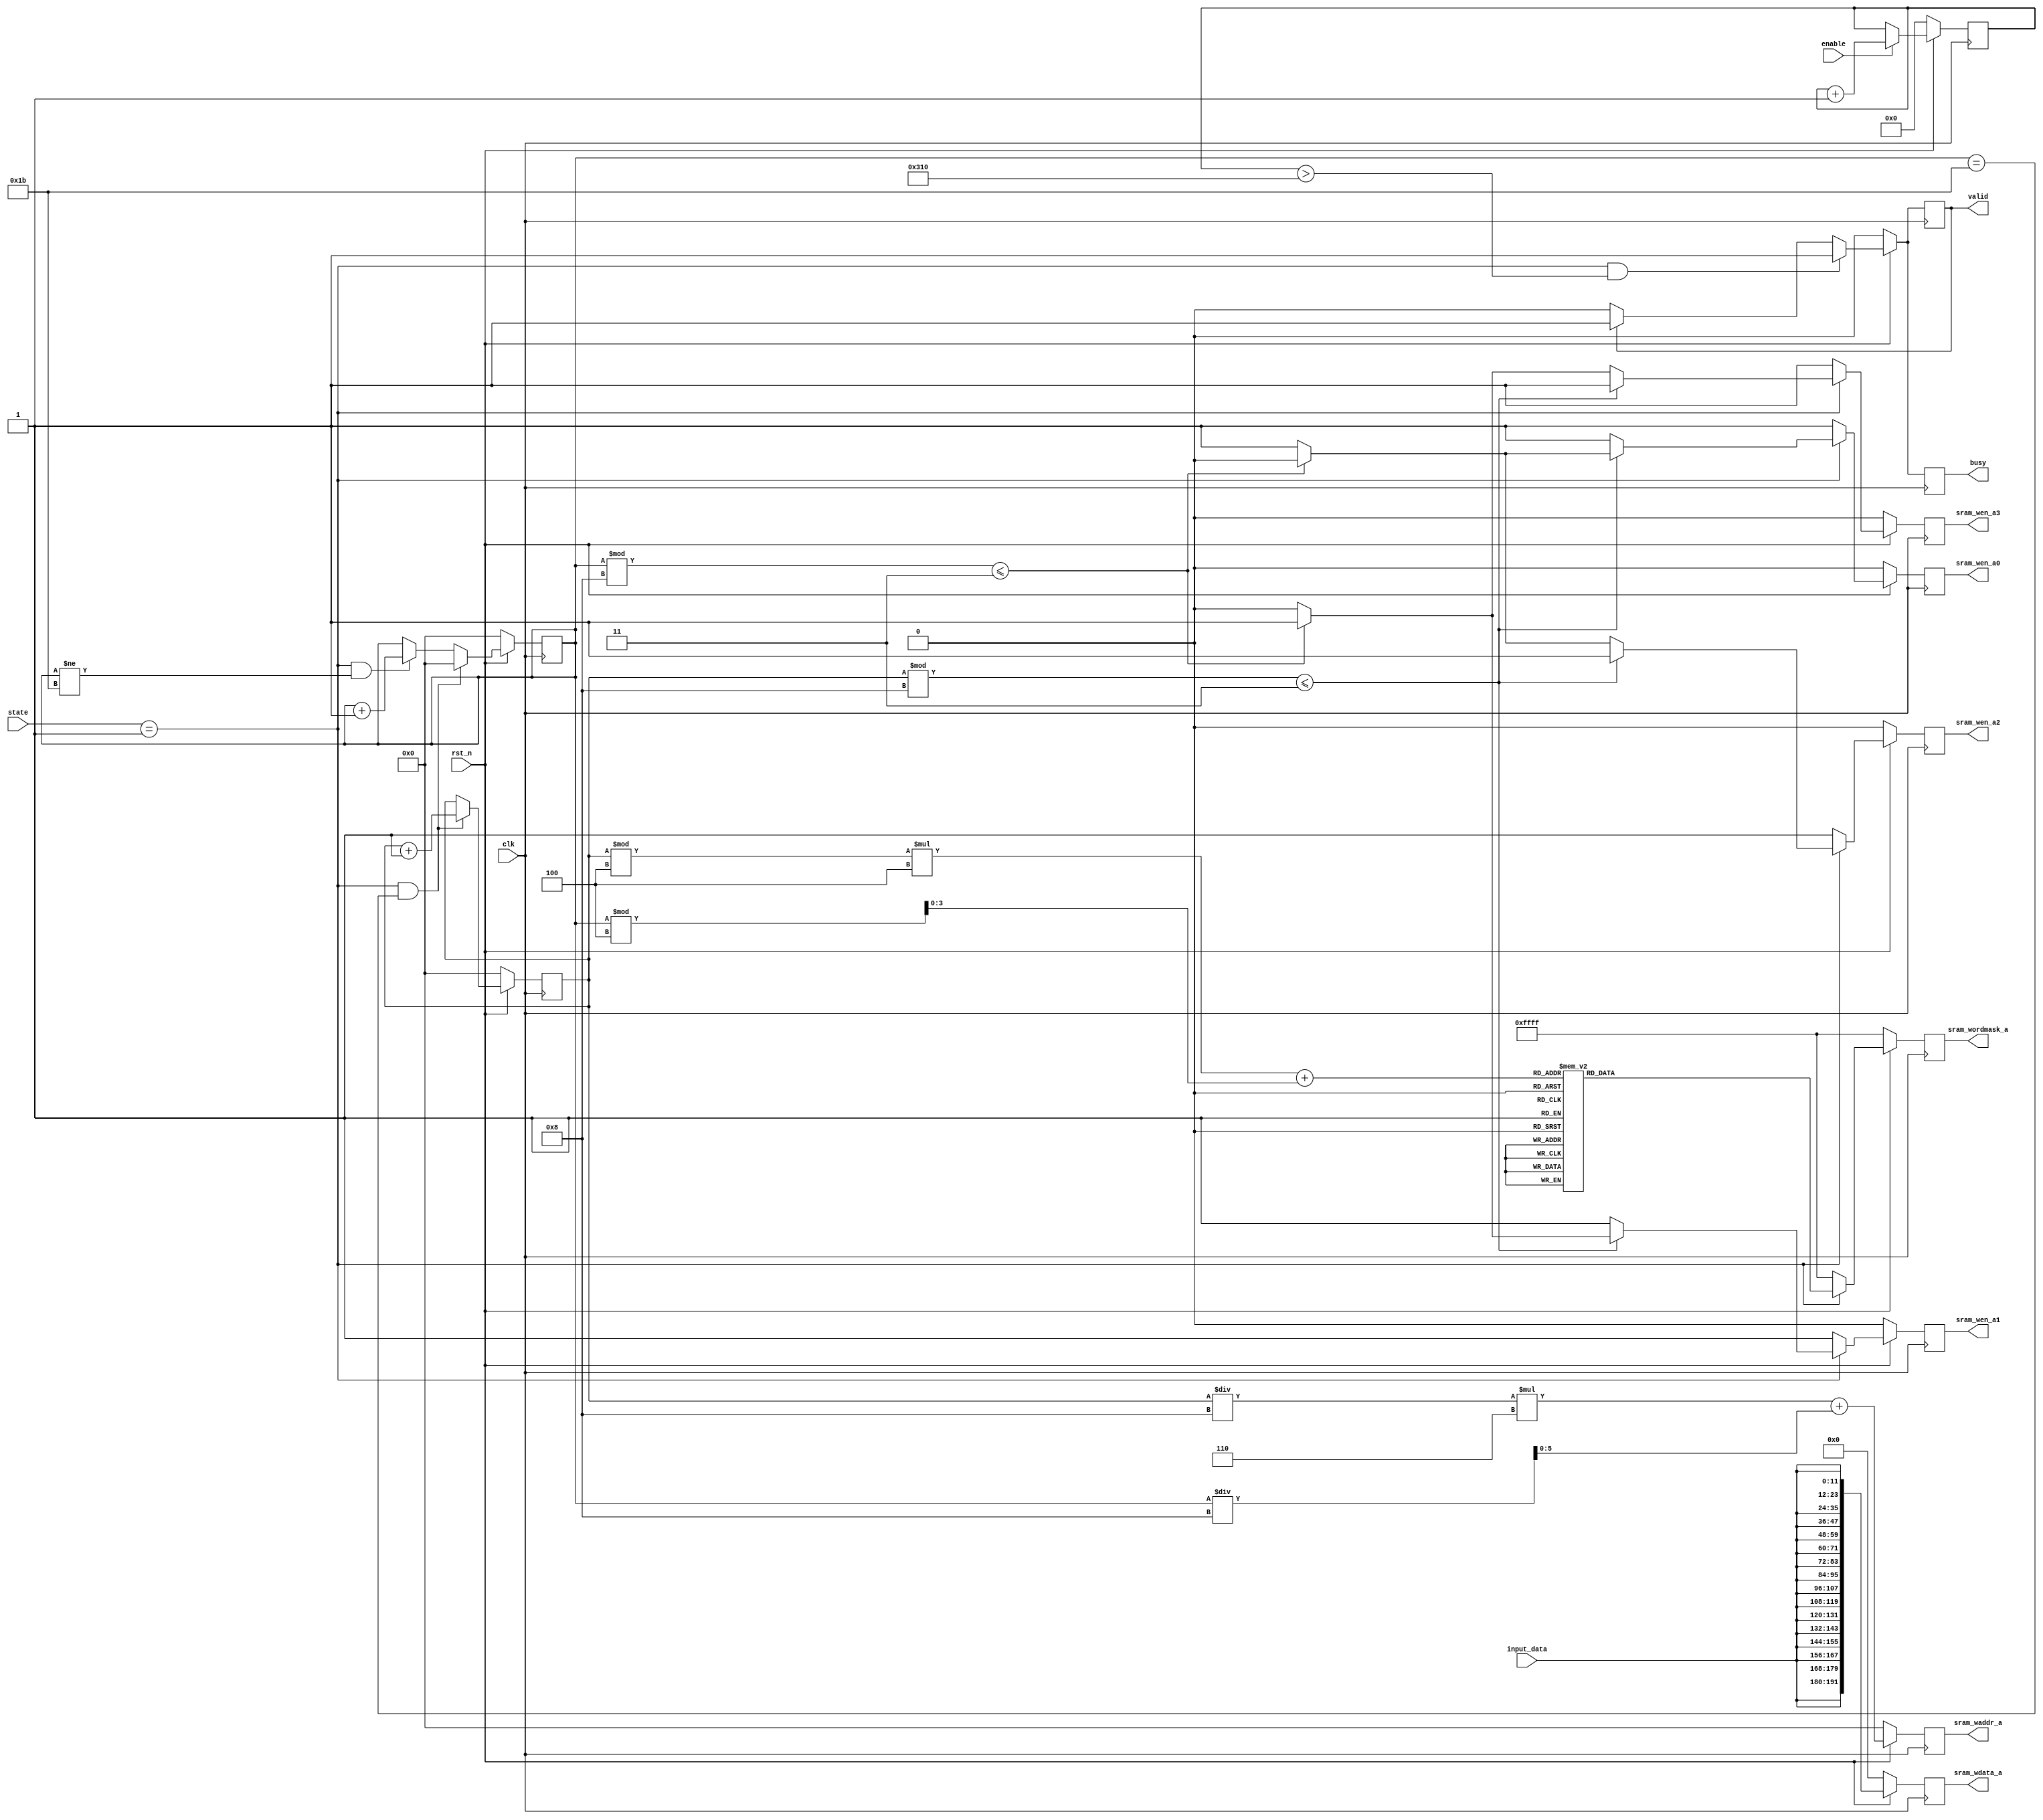
module Unshuffle_module #(
parameter CH_NUM = 4,
parameter ACT_PER_ADDR = 4,
parameter BW_PER_ACT = 12
)
(
input clk,                          
input rst_n,  // synchronous reset (active low)
input enable, // start sending image from testbench
output reg busy,  // control signal for stopping loading input image
output reg valid, // output valid for testbench to check answers in corresponding SRAM groups
input [BW_PER_ACT-1:0] input_data, // input image data (12 bit, for example)
// read data from SRAM group A
// input [CH_NUM*ACT_PER_ADDR*BW_PER_ACT-1:0] sram_rdata_a0,
// input [CH_NUM*ACT_PER_ADDR*BW_PER_ACT-1:0] sram_rdata_a1,
// input [CH_NUM*ACT_PER_ADDR*BW_PER_ACT-1:0] sram_rdata_a2,
// input [CH_NUM*ACT_PER_ADDR*BW_PER_ACT-1:0] sram_rdata_a3,
// // read address from SRAM group A
// output [5:0] sram_raddr_a0,
// output [5:0] sram_raddr_a1,
// output [5:0] sram_raddr_a2,
// output [5:0] sram_raddr_a3,
// write enable for SRAM group A 

input [4-1:0] state,

output reg sram_wen_a0,
output reg sram_wen_a1,
output reg sram_wen_a2,
output reg sram_wen_a3,
// wordmask for SRAM group A 
output reg [CH_NUM*ACT_PER_ADDR-1:0] sram_wordmask_a,           // 4 * 4 = 16 bit
// write addrress to SRAM group A 
output reg [5:0] sram_waddr_a,
// write data to SRAM group A 
output reg [CH_NUM*ACT_PER_ADDR*BW_PER_ACT-1:0] sram_wdata_a    // (4 * 4) * 12 = 192 bit
);


parameter IDLE = 4'd0, UNSHUFFLE = 4'd1, CONV1 = 4'd2, FINISH = 4'd3;


reg busy_next, valid_next;
reg sram_wen_a0_next, sram_wen_a1_next, sram_wen_a2_next, sram_wen_a3_next;
reg [CH_NUM*ACT_PER_ADDR-1:0] sram_wordmask_a_next;
reg [5:0] sram_waddr_a_next;
reg [CH_NUM*ACT_PER_ADDR*BW_PER_ACT-1:0] sram_wdata_a_next;


integer i;
reg [10-1:0] read_cnt, read_cnt_next;
reg [6-1:0] row, row_next, col, col_next;
reg [4-1:0] position;



always @* begin
    if (enable) begin
        read_cnt_next = read_cnt + 1;
    end
    else begin
        read_cnt_next = read_cnt;
    end
end

always @* begin
    if (state == UNSHUFFLE && col == 27) begin
        row_next = row + 1;
        col_next = 0;
    end
    else if (state == UNSHUFFLE && col != 27) begin
        row_next = row;
        col_next = col + 1;
    end
    else begin
        row_next = row;
        col_next = col;
    end
end

always @* begin
    position = row % 4 * 4 + col % 4;
    if (state == UNSHUFFLE) begin
        case (position)
            4'd0:    sram_wordmask_a_next = 16'b0111_1111_1111_1111;
            4'd1:    sram_wordmask_a_next = 16'b1111_0111_1111_1111;
            4'd2:    sram_wordmask_a_next = 16'b1011_1111_1111_1111;
            4'd3:    sram_wordmask_a_next = 16'b1111_1011_1111_1111;
            4'd4:    sram_wordmask_a_next = 16'b1111_1111_0111_1111;
            4'd5:    sram_wordmask_a_next = 16'b1111_1111_1111_0111;
            4'd6:    sram_wordmask_a_next = 16'b1111_1111_1011_1111;
            4'd7:    sram_wordmask_a_next = 16'b1111_1111_1111_1011;
            4'd8:    sram_wordmask_a_next = 16'b1101_1111_1111_1111;
            4'd9:    sram_wordmask_a_next = 16'b1111_1101_1111_1111;
            4'd10:   sram_wordmask_a_next = 16'b1110_1111_1111_1111;
            4'd11:   sram_wordmask_a_next = 16'b1111_1110_1111_1111;
            4'd12:   sram_wordmask_a_next = 16'b1111_1111_1101_1111;
            4'd13:   sram_wordmask_a_next = 16'b1111_1111_1111_1101;
            4'd14:   sram_wordmask_a_next = 16'b1111_1111_1110_1111;
            4'd15:   sram_wordmask_a_next = 16'b1111_1111_1111_1110;
            default: sram_wordmask_a_next = 16'b1111_1111_1111_1111;
        endcase
    end
    else begin
        sram_wordmask_a_next = 16'b1111_1111_1111_1111;
    end
end

always @* begin
    for (i = 0; i < 16; i = i + 1) begin
        sram_wdata_a_next[i*12 +:12] = input_data;
    end
end

always @* begin
    if (state == UNSHUFFLE && read_cnt > 28 * 28) begin
        valid_next = 1;
        busy_next = 1;
    end
    else if (valid == 1) begin
        valid_next = 1;
        busy_next = 1;
    end
    else begin
        valid_next = 0;
        busy_next = 0;
    end
end

always @* begin
    sram_wen_a0_next = 1;
    sram_wen_a1_next = 1;
    sram_wen_a2_next = 1;
    sram_wen_a3_next = 1;
    if (state == UNSHUFFLE) begin
    if (row % 8 <= 3) begin
        if (col % 8 <= 3) begin
            sram_wen_a0_next = 0;
        end
        else begin
            sram_wen_a1_next = 0;
        end
    end
    else begin
        if (col % 8 <= 3) begin
            sram_wen_a2_next = 0;
        end
        else begin
            sram_wen_a3_next = 0;
        end
    end
    end
end

always @* begin
    sram_waddr_a_next = row / 8 * 6 + col / 8;
end

always @(posedge clk) begin
    if (~rst_n) begin
        busy <= 0;
        valid <= 0;
        sram_wen_a0 <= 0;
        sram_wen_a1 <= 0;
        sram_wen_a2 <= 0;
        sram_wen_a3 <= 0;
        sram_wordmask_a <= 16'b1111_1111_1111_1111;
        sram_waddr_a <= 0;
        sram_wdata_a <= 0;

        read_cnt <= 0;
        row <= 0;
        col <= 0;
    end
    else begin
        busy <= busy_next;
        valid <= valid_next;
        sram_wen_a0 <= sram_wen_a0_next;
        sram_wen_a1 <= sram_wen_a1_next;
        sram_wen_a2 <= sram_wen_a2_next;
        sram_wen_a3 <= sram_wen_a3_next;
        sram_wordmask_a <= sram_wordmask_a_next;
        sram_waddr_a <= sram_waddr_a_next;
        sram_wdata_a <= sram_wdata_a_next;

        read_cnt <= read_cnt_next;
        row <= row_next;
        col <= col_next;
    end
end


endmodule